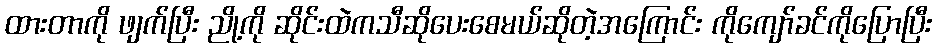
ထားတာကို ဖျက်ပြီး ညို့ကို ဆိုင်းထဲကသီဆိုပေးစေမယ်ဆိုတဲ့အကြောင်း ကိုကျော်ခင်ကိုပြောပြီး